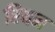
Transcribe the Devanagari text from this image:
रियन